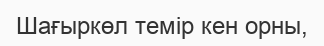
Шағыркөл темір кен орны,